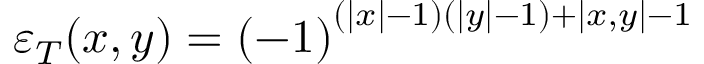
\varepsilon _ { T } ( x , y ) = \left( - 1 \right) ^ { \left( \left| x \right| - 1 \right) \left( \left| y \right| - 1 \right) + \left| x , y \right| - 1 }